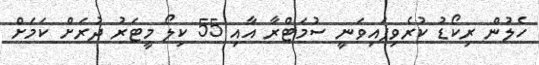
ހެލުން ރިކޯޑު ކުރެވިފައިވަނީ ސުމަޓްރާ އާއި 55 ކިލޯ މީޓަރު ދުރަށް ކަމަށް